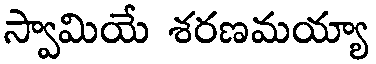
స్వామియే శరణమయ్యా